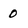
Character: O